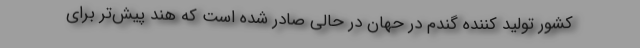
کشور تولید کننده گندم در حهان در حالی صادر شده است که هند پیش‌تر برای